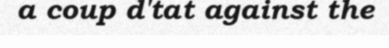
a coup d'tat against the